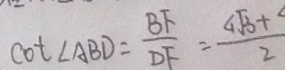
( \cot \angle A B D = \frac { B F } { D F } = \frac { c _ { 1 } \sqrt { 3 } + } { 2 }